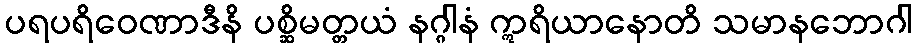
ပရပရိဝေဏာဒီနိ ပစ္ဆိမတ္တယံ နဂ္ဂါနံ ဣရိယာနောတိ သမာနဘောဂါ